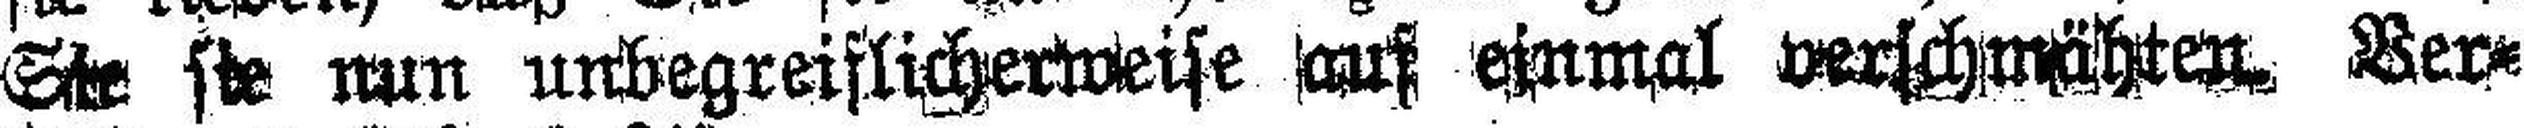
Sie sie nun unbegreiflicherweise auf einmal verschmähten Ver¬